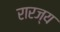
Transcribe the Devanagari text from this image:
रारज्य